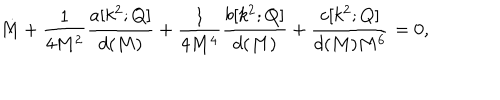
\dot { M } + \frac { 1 } { 4 M ^ { 2 } } \frac { a [ k ^ { 2 } ; Q ] } { d ( M ) } + \frac { 1 } { 4 M ^ { 4 } } \frac { b [ k ^ { 2 } ; Q ] } { d ( M ) } + \frac { c [ k ^ { 2 } ; Q ] } { d ( M ) M ^ { 6 } } = 0 ,